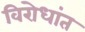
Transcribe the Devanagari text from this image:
विरोधांत